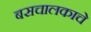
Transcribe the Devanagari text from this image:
बसचालकाचे